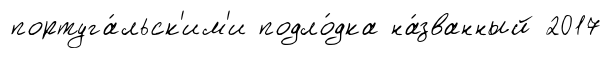
португа́льск'им'и подло́дка на́званный 2017